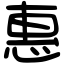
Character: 惠